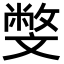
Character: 𣁢